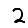
Digit: 2